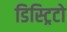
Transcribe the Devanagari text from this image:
डिस्ट्रिटो